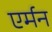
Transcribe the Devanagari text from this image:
एर्मन